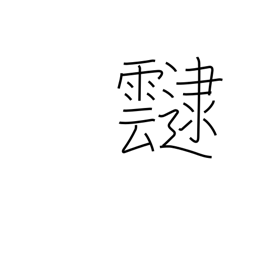
Meaning: cloud cover